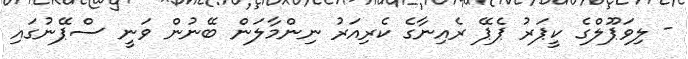
- ލިވަޕޫލްގެ ކީޕަރު ޕެޕޭ ރެއިނާގެ ކެރިއަރު ނިންމާލަން ބޭނުން ވަނީ ސްޕޭނުގައި